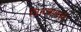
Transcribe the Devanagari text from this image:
जिमखानाही